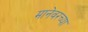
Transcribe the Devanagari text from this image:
मानेवरच्या